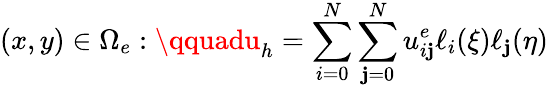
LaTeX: (x,y)\in\Omega_{e}:\qquadu_{h}=\sum_{i=0}^{N}\sum_{\mathbf{j}=0}^{N}u_{i\mathbf{j}}^{e}\ell_{i}(\xi)\ell_{\mathbf{j}}(\eta)